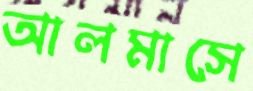
আলমাসে